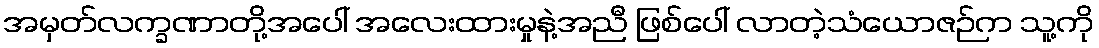
အမှတ်လက္ခဏာတို့အပေါ် အလေးထားမှုနဲ့အညီ ဖြစ်ပေါ် လာတဲ့သံယောဇဉ်က သူ့ကို